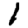
Digit: 1